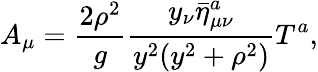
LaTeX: A_{\mu}=\frac{2\rho^{2}}{g}\frac{y_{\nu}\bar{\eta}_{\mu\nu}^{a}}{y^{2}(y^{2}+\rho^{2})}T^{a},